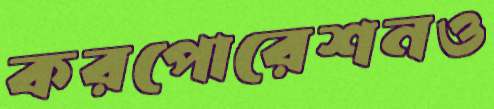
করপোরেশনও